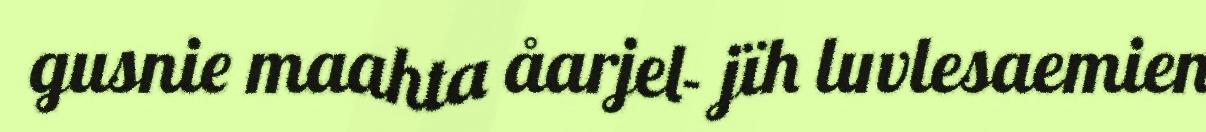
gusnie maahta åarjel- jïh luvlesaemien